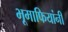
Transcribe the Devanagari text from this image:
भूमाफियांनी